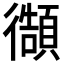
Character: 𭜊